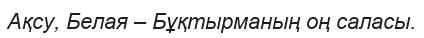
Ақсу, Белая – Бұқтырманың оң саласы.